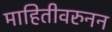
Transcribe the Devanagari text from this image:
माहितीवरुनन